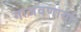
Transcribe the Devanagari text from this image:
गाजवणार्या